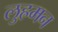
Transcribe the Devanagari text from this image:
लुह्रमन